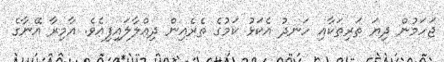
ޖަހަމުން ދިޔަ ތަރިތަކާއި ހަނދު އެކަޅު ކަމުގެ ތެރެއިން ދިއްލާލައިފިއެވެ. އާމިރާ އޭނާގެ